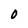
Character: 0